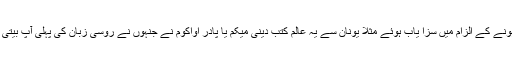
(ج) زبان و ادب اور دینیات کے کئی عالم آزاد خیالی کے کارن ’’بدعتی‘‘ ہونے کے الزام میں سزا یاب ہوئے مثلاً یونان سے یہ عالم کتب دینی میکم یا پادر اواکوم نے جنہوں نے روسی زبان کی پہلی آپ بیتی لکھی پہلے کئی برس سزا کاٹی اور پھر ۱۶۸۲ء میں انہیں زندہ جلادیا گیا۔